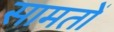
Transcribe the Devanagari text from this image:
सामतों